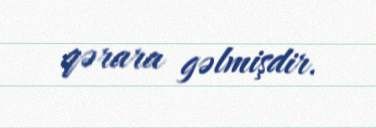
qərara gəlmişdir.